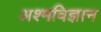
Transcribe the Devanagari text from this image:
अश्मविज्ञान